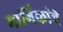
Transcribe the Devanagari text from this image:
मार्गिकांचे